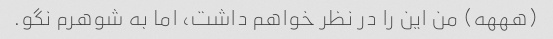
(هههه) من این را در نظر خواهم داشت، اما به شوهرم نگو.